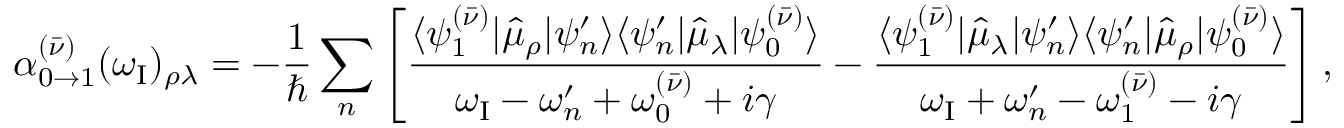
\alpha _ { 0 \to 1 } ^ { ( \bar { \nu } ) } ( \omega _ { \mathrm { { I } } } ) _ { \rho \lambda } = - \frac { 1 } { \hbar } \sum _ { n } \left[ \frac { \langle \psi _ { 1 } ^ { ( \bar { \nu } ) } | \hat { \mu } _ { \rho } | \psi _ { n } ^ { \prime } \rangle \langle \psi _ { n } ^ { \prime } | \hat { \mu } _ { \lambda } | \psi _ { 0 } ^ { ( \bar { \nu } ) } \rangle } { \omega _ { \mathrm { I } } - \omega _ { n } ^ { \prime } + \omega _ { 0 } ^ { ( \bar { \nu } ) } + i \gamma } - \frac { \langle \psi _ { 1 } ^ { ( \bar { \nu } ) } | \hat { \mu } _ { \lambda } | \psi _ { n } ^ { \prime } \rangle \langle \psi _ { n } ^ { \prime } | \hat { \mu } _ { \rho } | \psi _ { 0 } ^ { ( \bar { \nu } ) } \rangle } { \omega _ { \mathrm { { I } } } + \omega _ { n } ^ { \prime } - \omega _ { 1 } ^ { ( \bar { \nu } ) } - i \gamma } \right] ,